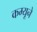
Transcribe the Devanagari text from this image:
कम्यूने